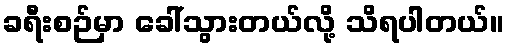
ခရီးစဉ်မှာ ခေါ်သွားတယ်လို့ သိရပါတယ်။